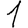
Digit: 1